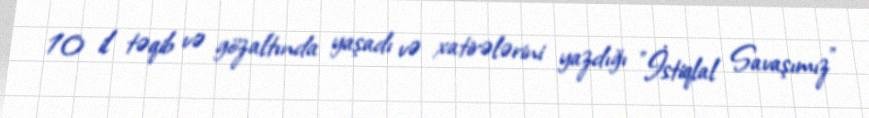
10 il təqib və gözaltında yaşadı və xatirələrini yazdığı "İstiqlal Savaşımız"